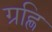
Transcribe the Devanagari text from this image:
ग्रह्णि